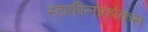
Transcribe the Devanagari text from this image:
स्टाफीलोकोकस